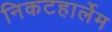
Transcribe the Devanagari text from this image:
निकटहार्लेम